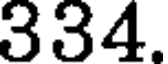
334.